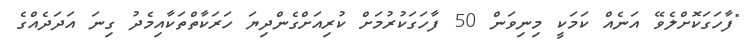
"ފާހަގަކޮށްލެވޭ އަނެއް ކަމަކީ މިނިވަން 50 ފާހަގަކުރުމަށް ކުރިއަށްގެންދިޔަ ހަރަކާތްތަކާއިމެދު ގިނަ އަދަދެއްގެ